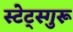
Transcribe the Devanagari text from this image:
स्टेट्स्गुरू